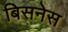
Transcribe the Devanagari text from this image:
बिसनेस